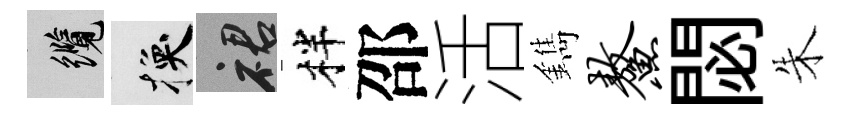
纜换裙柈邵活鐫鳌閟朱